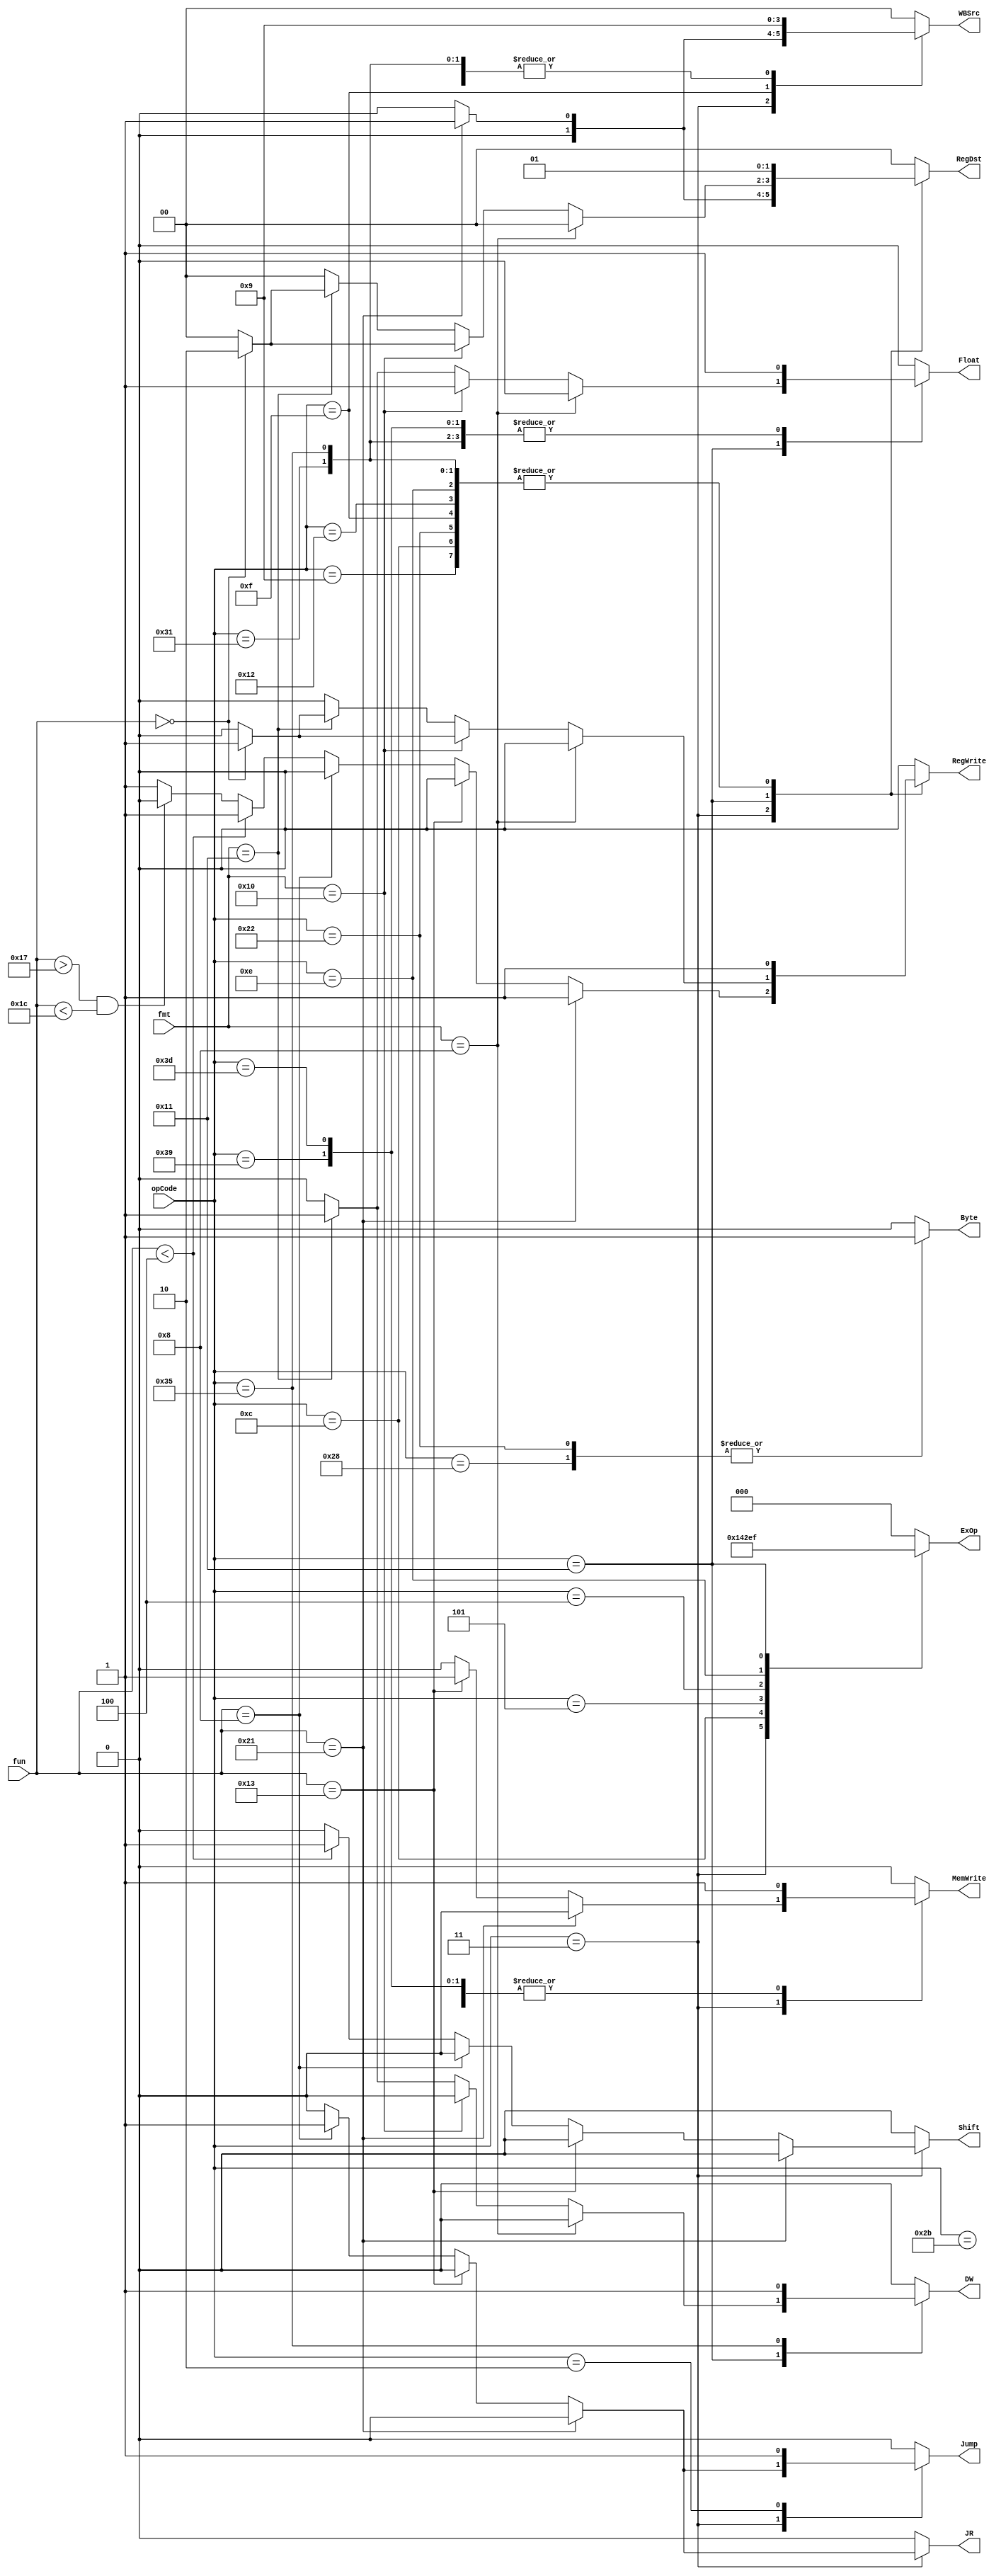
module ControlUnit(opCode, fun, fmt,
JR, Byte, Jump, MemWrite, RegWrite, Float, Shift, RegDst, DW, WBSrc, ExOp
);

input [5:0] opCode, fun;
input [4:0] fmt;
output reg JR, Byte, Jump, MemWrite, RegWrite, Float, Shift, DW;
output reg [1:0] RegDst, WBSrc;
output reg [2:0] ExOp; 



always @(*) begin
    JR <= 0; Byte <=0; Jump <= 0; MemWrite <= 0; RegWrite <= 0;
    Float <= 0; Shift <= 0; RegDst <= 0; DW <= 0; WBSrc <= 0; ExOp <= 0;
    case (opCode)

    6'b000011: begin  // R-Type Instructions
    
    /* 
    Control Unit divides R Instructions into 6 different categories: 
     1- Writes Back to RD
     2- Writes Back to RT
     3- Writes Back to RD and uses Shift Value 
     4- Writes to Memory
     5- Does not Write back, though it could write to miscellaneous registers in EX stage like Hi/Lo
     6- Does not Write back, and activates a Jump  
     */
    
    // ExOp is common between all of them
        ExOp <= 3'b010; // Execution Stage opCode = 010 (Refer to ALUControlUnit.v)
  

        //Type 2
        if (fun == 6'b100001)  begin  // Load Word New
            RegWrite <= 1; // Writing to Register File
            RegDst <= 1; // Writing to Register Rt
            WBSrc <= 1; // From Memory 
        end

        //Type 4
        else if (fun == 6'b010011)   // Store Word New
            MemWrite <= 1;   // Writing to Memory     

        //Type 6
        else if (fun == 6'b001000) begin  // Jump Register
            JR <= 1; // Jump Register
            Jump <= 1; // Jump Instruction

        end
        //Type 3
        else if (fun < 4) begin // Shift instructions 
            RegWrite <= 1; // Writing to Register File
            Shift <= 1; // Using the Shift Value as operand instead of Rs
        end

        //Type 5
        else if (fun > 23 && fun < 28) ;  //  Divides and Multiplies
        // Nothing is activated (All default values)


        //Type 1
        else   // Remaining regular R instructions (Add, or .. etc)
            RegWrite <= 1; // Writing to Register File
        
    
     
    end 

    6'b001001: begin  // Add Immediate
        RegWrite <= 1; // Writing to RegisterFile
        RegDst <= 1; // Writing to Register Rt
        
    end

    6'b001100: begin  // And Immediate
        RegWrite <= 1; // Writing to Register File
        RegDst <= 1; // Writing to Register Rt
        ExOp <= 3'b100; // Execution Stage opCode = 100 (Refer to ALUControlUnit.v)
    end

    6'b000101:   // Branch on Equal
        ExOp <= 3'b001; // Execution Stage opCode = 001 (Refer to ALUControlUnit.v)
    

    6'b000100:   // Branch on Not Equal
        ExOp <= 3'b011; // Execution Stage opCode = 011 (Refer to ALUControlUnit.v)
    
    6'b000010:   // Jump 
        Jump <= 1; // Activate Jump Flag
    
    6'b000010: begin   // Jump and Link  
        Jump <= 1;  // Activate Jump Flag
        RegWrite <= 1; // Write to RegisterFile
        RegDst <= 3;  // Select Destination 3 (31)
        WBSrc <= 3;  // Writing Back the value of PC+4
    end

    6'b100010: begin   // Load Byte Unsigned
        Byte <= 1; // Writing a Byte only
        RegWrite <= 1; // Writing to RegisterFile
        RegDst <= 1; // Selecting Rt as Destination Register
        WBSrc <= 1;  // Writing Back the zero extended byte
        ExOp <= 3'b000; // EXopCode = 000
    end

    6'b001111: begin   // Load Upper Imm.
        RegWrite <= 1; // Writing to RegisterFile
        RegDst <= 1;  // Selecting Rt as Destination Register
        WBSrc <= 2; // Writing Back the shifted Immediate Value
    end

    6'b010010: begin   // Load Word
        RegWrite <= 1; // Writing to RegisterFile
        RegDst <= 1;  // Selecting Rt as Destination Register
        WBSrc <= 1; // Writing Back the read word from memory
        ExOp <= 3'b000; // EXopCode = 000
    end

    6'b001110: begin   // Or Immediate
        RegWrite <= 1; // Writing to RegisterFile
        RegDst <= 1; // Selecting Rt as Destination Register
        ExOp <= 3'b101; // EXopCode = 011
    end

    6'b101000: begin   // Store Byte
        Byte <=1; // Writing a Byte only
        MemWrite <= 1; // Storing in memory
        ExOp <= 3'b000; // EXopCode = 000
    end

    6'b101011: begin   // Store Word
        MemWrite <= 1; // Storing in memory
        ExOp <= 3'b000; // EXopCode = 000
    end



    6'b010001: begin  // FR / FI-Type Instructions 

        // ExOp is common between all of them
        ExOp <= 3'b111; // Execution Stage opCode = 111 (Refer to ALUControlUnit.v)

        if (fmt == 5'b01000) ; // Branch on FP True/False
        //nothing is needed, taken care of in Exec stage

        else if (fmt == 5'b10000) begin // FP Add Single / FP Compare Single
            if (fun == 0) begin // FP Add Single
                RegWrite <= 1; // Write to Register File
                Float <= 1; // Float instruction
                RegDst <= 2; // Select Fd as destination Register
            end

            else  // FP Compare Single
                Float <= 1; // Float instruction   
        end

        else if (fmt == 5'b10001) begin // FP Add Double / FP Compare Double
            DW <= 1;
            if (fun == 0) begin // FP Add Single
                RegWrite <= 1; // Write to Register File
                Float <= 1; // Float instruction
                RegDst <= 2; // Select Fd as destination Register
            end

            else  // FP Compare Double
                Float <= 1; // Float instruction  
        end
          
    end

    6'b110001: begin // Load FP Single
        RegWrite <= 1; // Writing to register
        Float <= 1;  // Float instruction
        RegDst <= 1;  // Selecting ft as destination register
        WBSrc <= 1;  // Selecting memory output as WB source
        ExOp <= 3'b000; // Execution stage op code
    end
    
    6'b110101: begin // Load FP Double
        RegWrite <= 1; // Writing to register
        Float <= 1;  // Float instruction
        RegDst <= 1;  // Selecting ft as destination register
        DW <= 1; // Double Precision
        WBSrc <= 1;  // Selecting memory output as WB source
        ExOp <= 3'b000; // Execution stage op code
        
    end

    6'b111001: begin // Store FP Single
        MemWrite <= 1; // Write to Memory
        Float <= 1; // Float instruction
        ExOp <= 3'b000; // Execution stage op code
    end

    6'b111101: begin // Store FP Single
        MemWrite <= 1; // Write to Memory
        Float <= 1; // Float instruction
        DW <= 0; // Double Precision
        ExOp <= 3'b000; // Execution stage op code
    end

    endcase
end


endmodule